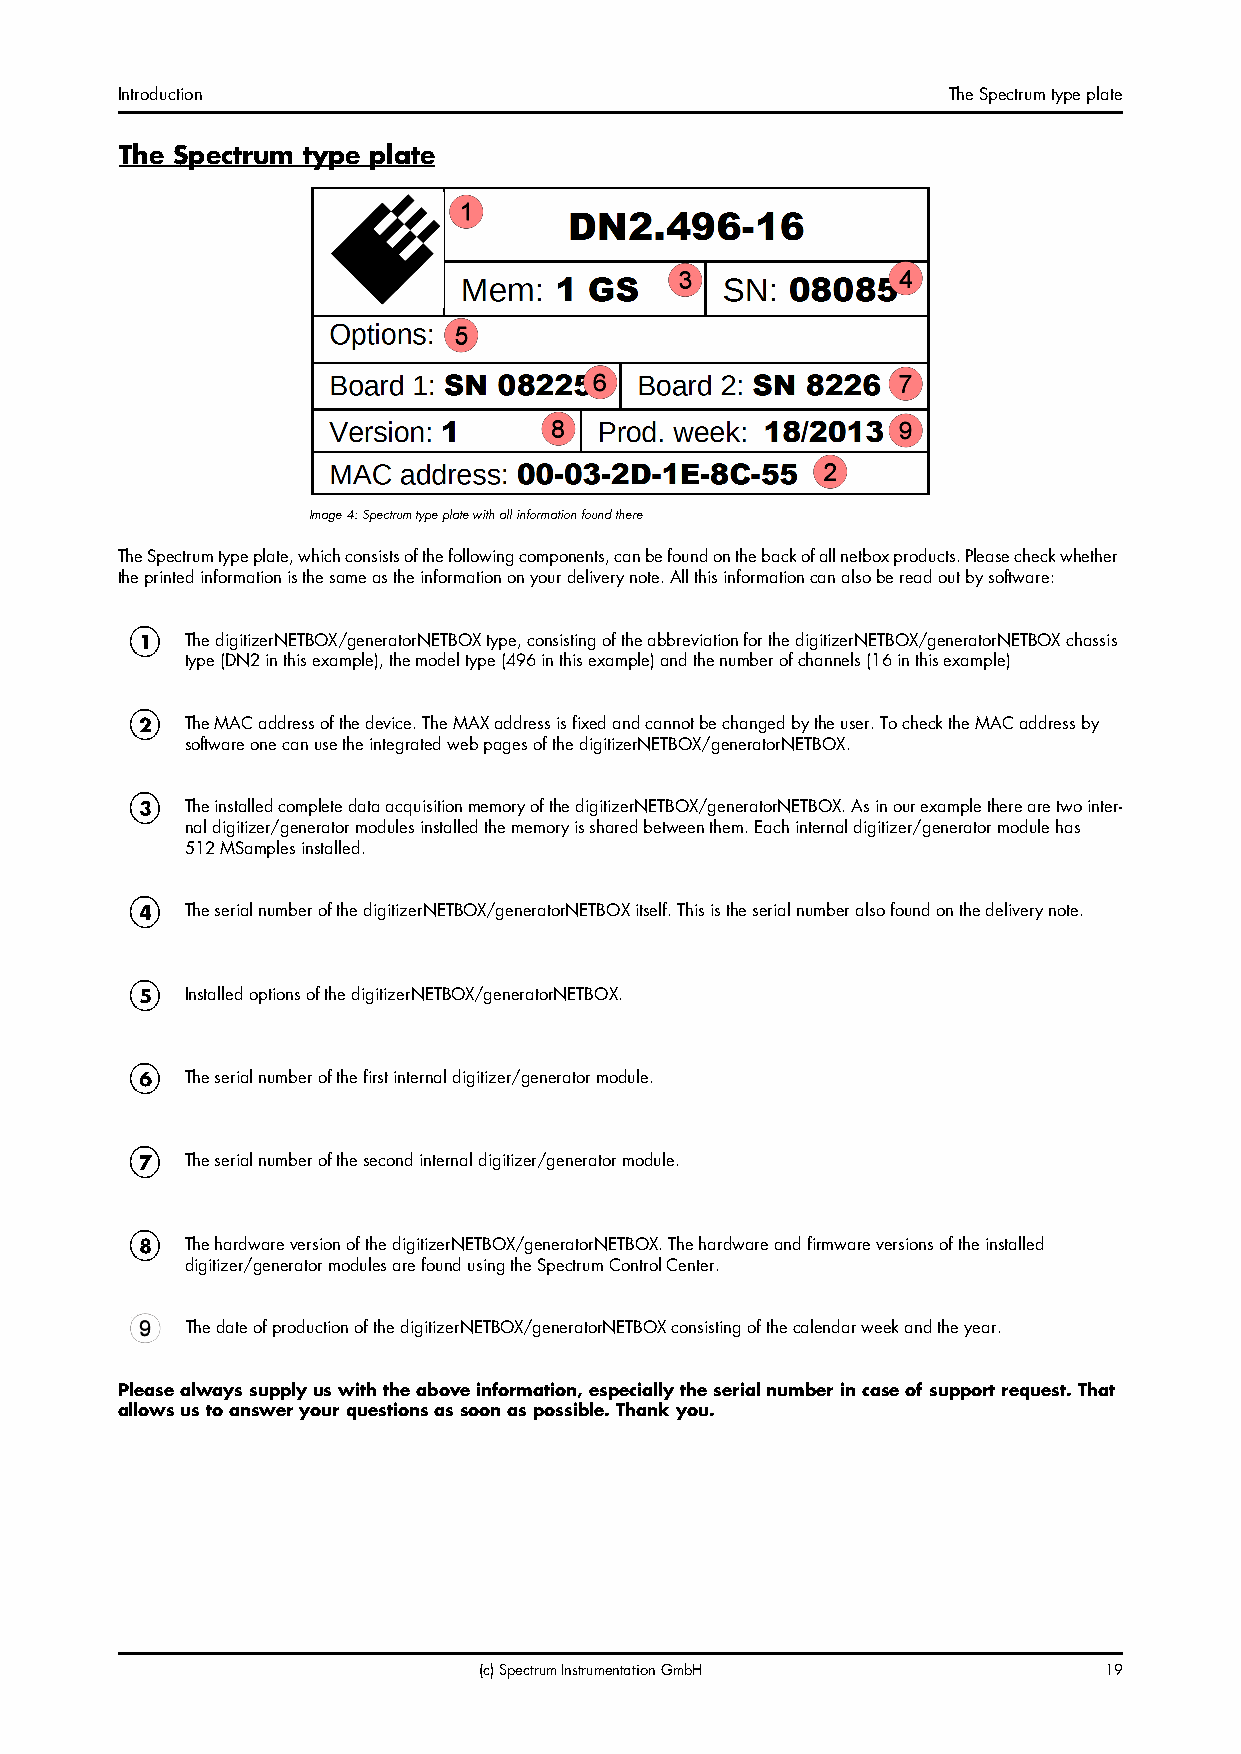
Introduction                                           The Spectrum type plate
 The Spectrum type plate
 Image 4: Spectrum type plate with all information found there
 The Spectrum type plate, which consists of the following components, can be found on the back of all netbox products. Please check whether
 the printed information is the same as the information on your delivery note. All this information can also be read out by software:
 The digitizerNETBOX/generatorNETBOX type, consisting of the abbreviation for the digitizerNETBOX/generatorNETBOX chassis
 type (DN2 in this example), the model type (496 in this example) and the number of channels (16 in this example)
 The MAC address of the device. The MAX address is fixed and cannot be changed by the user. To check the MAC address by
 software one can use the integrated web pages of the digitizerNETBOX/generatorNETBOX.
 The installed complete data acquisition memory of the digitizerNETBOX/generatorNETBOX. As in our example there are two inter-
 nal digitizer/generator modules installed the memory is shared between them. Each internal digitizer/generator module has
 512MSamples installed.
 The serial number of the digitizerNETBOX/generatorNETBOX itself. This is the serial number also found on the delivery note.
 Installed options of the digitizerNETBOX/generatorNETBOX.
 The serial number of the first internal digitizer/generator module.
 The serial number of the second internal digitizer/generator module.
 The hardware version of the digitizerNETBOX/generatorNETBOX. The hardware and firmware versions of the installed
 digitizer/generator modules are found using the Spectrum Control Center.
 The date of production of the digitizerNETBOX/generatorNETBOX consisting of the calendar week and the year.
 Please always supply us with the above information, especially the serial number in case of support request. That
 allows us to answer your questions as soon as possible. Thank you.
 (c) Spectrum Instrumentation GmbH        19